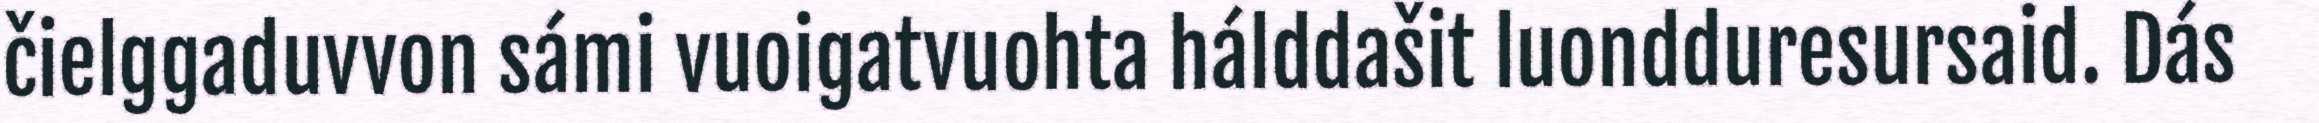
čielggaduvvon sámi vuoigatvuohta hálddašit luondduresursaid. Dás